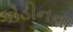
કોડીનના